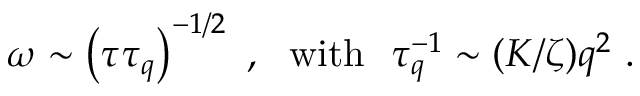
\omega \sim \left( \tau \tau _ { q } \right) ^ { - 1 / 2 } \ , \ \ \mathrm { w i t h } \ \ \tau _ { q } ^ { - 1 } \sim ( K / \zeta ) q ^ { 2 } \ .